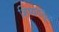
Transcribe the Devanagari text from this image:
शिष्यवर्तुळ